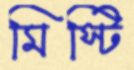
মিস্টি